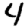
Digit: 4